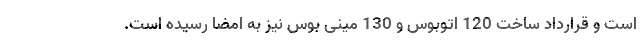
است و قرارداد ساخت 120 اتوبوس و 130 مینی بوس نیز به امضا رسیده است.